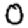
Digit: 0